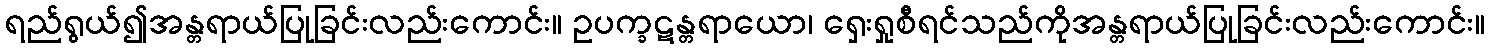
ရည်ရွယ်၍အန္တရာယ်ပြုခြင်းလည်းကောင်း။ ဥပက္ခဋန္တရာယော၊ ရှေးရှုစီရင်သည်ကိုအန္တရာယ်ပြုခြင်းလည်းကောင်း။